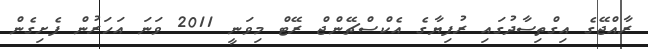
ރާއްޖޭގެ އިގްތިސާދުގައި ރުފިޔާގެ އެކްސްޗޭންޖް ރޭޓް މިވަނީ 2011 ވަނަ އަހަރުން ފެށިގެން